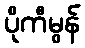
ပိုကီမွန်